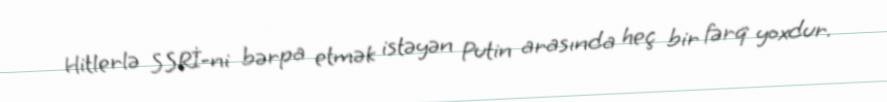
Hitlerlə SSRİ-ni bərpa etmək istəyən Putin arasında heç bir fərq yoxdur.